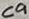
Text: C9